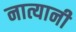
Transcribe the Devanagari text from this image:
नात्यानी